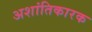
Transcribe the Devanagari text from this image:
अशांतिकारक